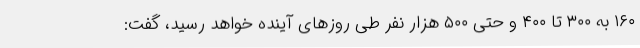
۱۶۰ به ۳۰۰ تا ۴۰۰ و حتی ۵۰۰ هزار نفر طی روزهای آینده خواهد رسید، گفت: